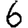
Digit: 6